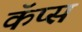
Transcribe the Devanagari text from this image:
कॅप्स